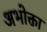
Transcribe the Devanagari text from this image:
अभोक्ता